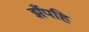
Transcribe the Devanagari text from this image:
झँपहि